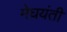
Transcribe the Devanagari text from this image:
मेघयंती